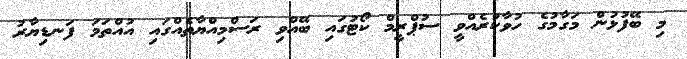
މި ބޭފުޅުން މަގާމުގެ ހުވާކުރެއްވީ ސުޕްރީމް ކޯޓުގައި ބޭއްވި ރަސްމިއްޔާތެއްގައި އުއްތަމަ ފަނޑިޔާރު